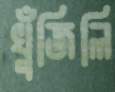
খুঁজিলি